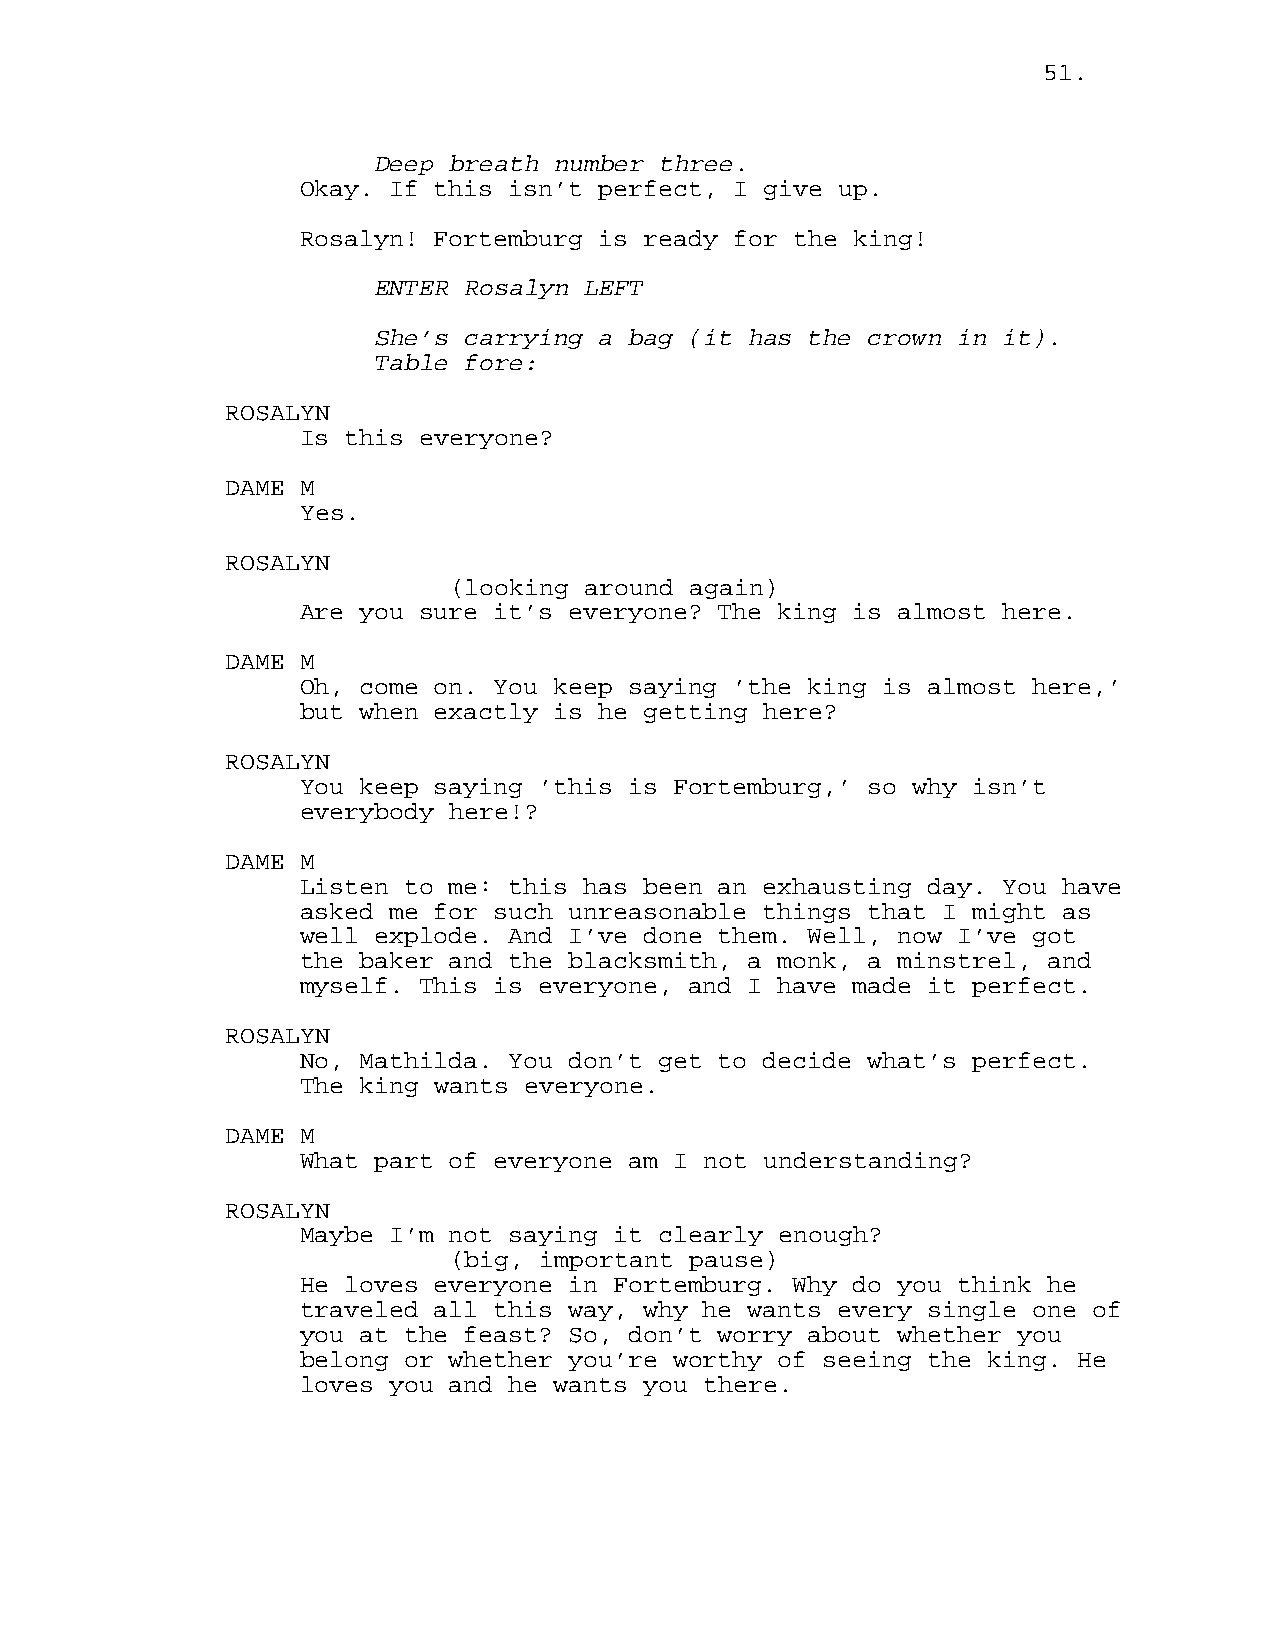
51.
 Deep breath number three.
 Okay. If this isn’t perfect, I give up.
 Rosalyn! Fortemburg is ready for the king!
 ENTER Rosalyn LEFT
 She’s carrying a bag (it has the crown in it).
 Table fore:
 ROSALYN
 Is this everyone?
 DAME M
 Yes.
 ROSALYN
 (looking around again)
 Are you sure it’s everyone? The king is almost here.
 DAME M
 Oh, come on. You keep saying ’the king is almost here,’
 but when exactly is he getting here?
 ROSALYN
 You keep saying ’this is Fortemburg,’ so why isn’t
 everybody here!?
 DAME M
 Listen to me: this has been an exhausting day. You have
 asked me for such unreasonable things that I might as
 well explode. And I’ve done them. Well, now I’ve got
 the baker and the blacksmith, a monk, a minstrel, and
 myself. This is everyone, and I have made it perfect.
 ROSALYN
 No, Mathilda. You don’t get to decide what’s perfect.
 The king wants everyone.
 DAME M
 What part of everyone am I not understanding?
 ROSALYN
 Maybe I’m not saying it clearly enough?
 (big, important pause)
 He loves everyone in Fortemburg. Why do you think he
 traveled all this way, why he wants every single one of
 you at the feast? So, don’t worry about whether you
 belong or whether you’re worthy of seeing the king. He
 loves you and he wants you there.